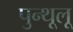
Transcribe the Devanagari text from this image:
पुन्थूलू